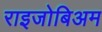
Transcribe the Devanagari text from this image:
राइजोबिअम